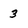
Character: 3